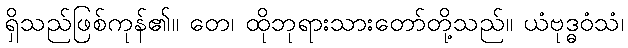
ရှိသည်ဖြစ်ကုန်၏။ တေ၊ ထိုဘုရားသားတော်တို့သည်။ ယံဗုဒ္ဓဝံသံ၊